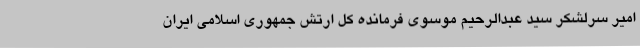
امیر سرلشکر سید عبدالرحیم موسوی فرمانده کل ارتش جمهوری اسلامی ایران